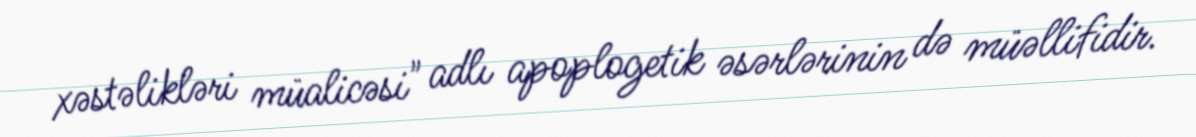
xəstəlikləri müalicəsi" adlı apoplogetik əsərlərinin də müəllifidir.